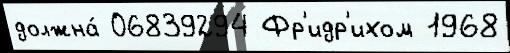
должна́ 06839294 Фр'идр'ихом 1968